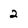
Character: 2